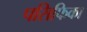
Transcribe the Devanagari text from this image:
पसिफिका